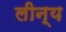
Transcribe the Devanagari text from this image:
लीन्य